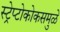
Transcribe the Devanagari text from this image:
स्ट्रेप्टोकोकसमुळे